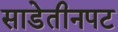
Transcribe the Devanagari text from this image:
साडेतीनपट